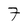
Character: 7